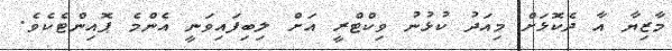
މާޒިޔާ އާ ދެކޮޅަށް މިއަދު ކުޅުނު ވިކްޓްރީ އަށް ލިބިފައިވަނީ އެންމެ ޕޮއިންޓެކެވެ.